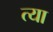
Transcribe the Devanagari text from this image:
त्या